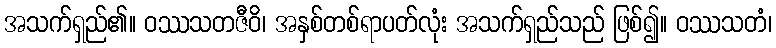
အသက်ရှည်၏။ ဝဿသတဇီဝိ၊ အနှစ်တစ်ရာပတ်လုံး အသက်ရှည်သည် ဖြစ်၍။ ဝဿသတံ၊